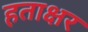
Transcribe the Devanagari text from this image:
हताक्षर